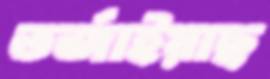
তর্জাইয়াছ